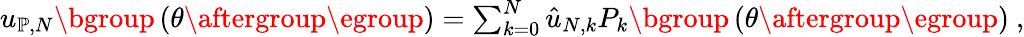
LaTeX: \begin{array}{r}{u_{\mathbb{P},N}\mathopen{}\mathclose\bgroup\left(\theta\aftergroup\egroup\right)=\sum_{k=0}^{N}\hat{u}_{N,k}P_{k}\mathopen{}\mathclose\bgroup\left(\theta\aftergroup\egroup\right)~,}\end{array}